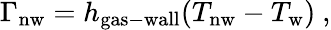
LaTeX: \Gamma_{\mathrm{nw}}=h_{\mathrm{gas-wall}}(T_{\mathrm{nw}}-T_{\mathrm{w}})\ ,